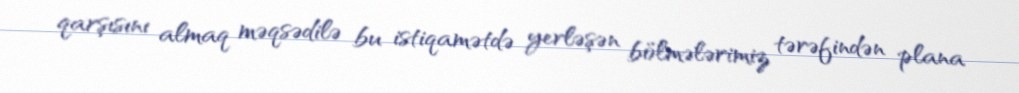
qarşısını almaq məqsədilə bu istiqamətdə yerləşən bölmələrimiz tərəfindən plana